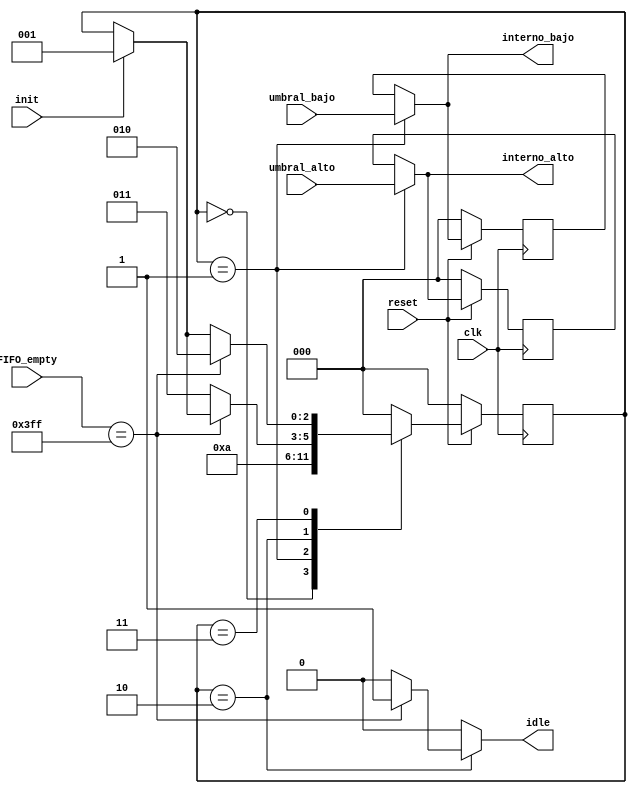
//Proyecto Circuitos Digitales II
//20-11-2021
//Mdulo de la mquina de estados

module FSM (input reset,
            input clk,
            input init,
            input [2:0] umbral_alto,
            input [2:0] umbral_bajo,
            input [9:0] FIFO_empty,
            output reg idle,
            output reg [2:0] interno_alto,
            output reg [2:0] interno_bajo);

parameter RESET = 0;
parameter INIT = 1;
parameter IDLE = 2;
parameter ACTIVE = 3;
reg [2:0] estado;
reg [2:0] proximo_estado;
reg [2:0] interno_alto_d;
reg [2:0] interno_bajo_d;

always @(posedge clk) begin
    
        if (!reset)
        begin
                estado <= RESET;
                interno_alto_d <= 0;
                interno_bajo_d <= 0;
        end

        else begin
                estado <= proximo_estado;
                interno_alto_d <= interno_alto;
                interno_bajo_d <= interno_bajo;
        
        end 
        end

always @(*) begin

    proximo_estado = estado;
    idle = 0;
    interno_alto = interno_alto_d;
    interno_bajo = interno_bajo_d;

    if (init) begin
        proximo_estado = INIT;
    end

    case (estado)
        RESET: begin
                idle = 0;
                proximo_estado = INIT;
                end

        INIT: begin

                interno_alto = umbral_alto;
                interno_bajo = umbral_bajo;
                proximo_estado = IDLE;

        end

        IDLE: begin

                if (FIFO_empty == 10'b1111111111) begin
                    idle = 1;
                end

                else begin
                    idle = 0;
                    proximo_estado = ACTIVE; 
                end
                
        end

        ACTIVE: begin

                if (FIFO_empty == 10'b1111111111) begin
                   proximo_estado = IDLE; 
                end
        end
        
        default:
        proximo_estado = RESET;
        endcase

        end

endmodule